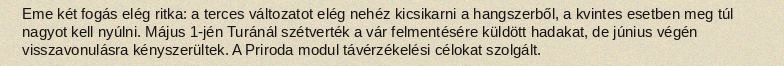
Eme két fogás elég ritka: a terces változatot elég nehéz kicsikarni a hangszerből, a kvintes esetben meg túl nagyot kell nyúlni. Május 1-jén Turánál szétverték a vár felmentésére küldött hadakat, de június végén visszavonulásra kényszerültek. A Priroda modul távérzékelési célokat szolgált.